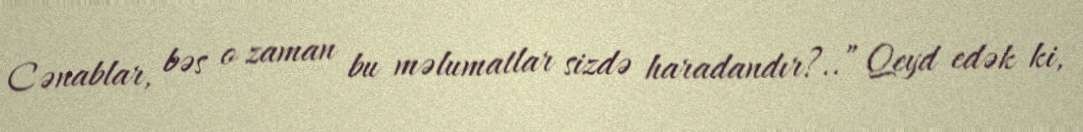
Cənablar, bəs o zaman bu məlumatlar sizdə haradandır?..” Qeyd edək ki,